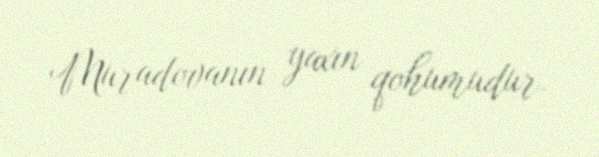
Muradovanın yaxın qohumudur.